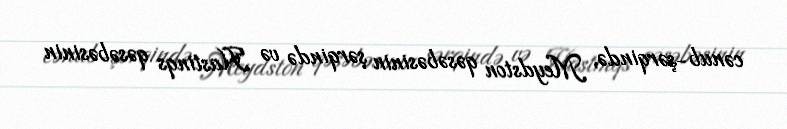
cənub-şərqində, Meydston qəsəbəsinin şərqində və Hastinqs qəsəbəsinin